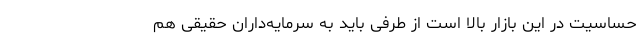
حساسیت در این بازار بالا است از طرفی باید به سرمایه‌داران حقیقی هم